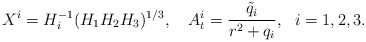
\begin{align*}X^i = H_i^{-1}(H_1H_2 H_3)^{1/3}, \ \ \ A^i_t = \frac{\tilde q_i}{r^2 +q_i},\ \ i=1, 2, 3.\end{align*}